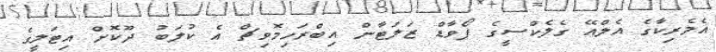
އެމެރިކާގެ އެލްއޭ ގެލެކްސީގެ ފޯވާޑް ޒަލަޓާން އިބްރަހިމޮވިޗް އެ ކުލަބު ދޫކޮށް އިޓަލީގެ